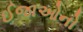
ઈજાઓનો